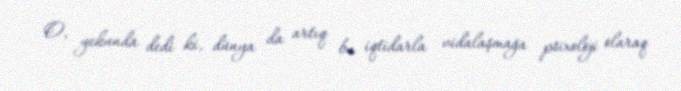
O, yekunda dedi ki, dünya da artıq bu iqtidarla vidalaşmağa psixoloji olaraq